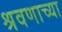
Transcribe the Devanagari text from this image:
श्रवणाच्या